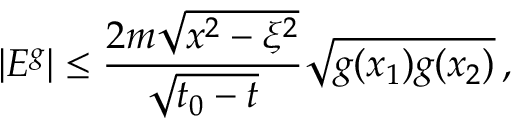
| E ^ { g } | \leq \frac { 2 m \sqrt { x ^ { 2 } - \xi ^ { 2 } } } { \sqrt { t _ { 0 } - t } } \sqrt { g ( x _ { 1 } ) g ( x _ { 2 } ) } \, ,